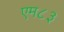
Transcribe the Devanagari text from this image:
एम८३